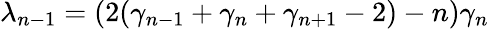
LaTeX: \lambda_{n-1}=(2(\gamma_{n-1}+\gamma_{n}+\gamma_{n+1}-2)-n)\gamma_{n}